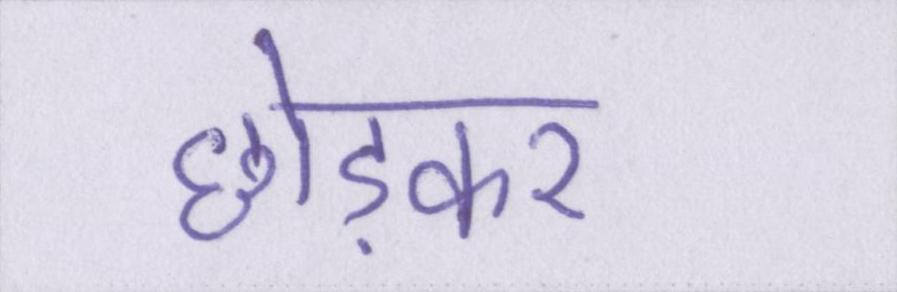
छोड़कर